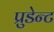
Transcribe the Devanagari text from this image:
प्रुडेन्ट